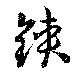
鋏